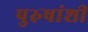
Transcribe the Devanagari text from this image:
पुरुषांशीं